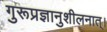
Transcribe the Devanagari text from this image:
गुरूप्रज्ञानुशीलनात्।